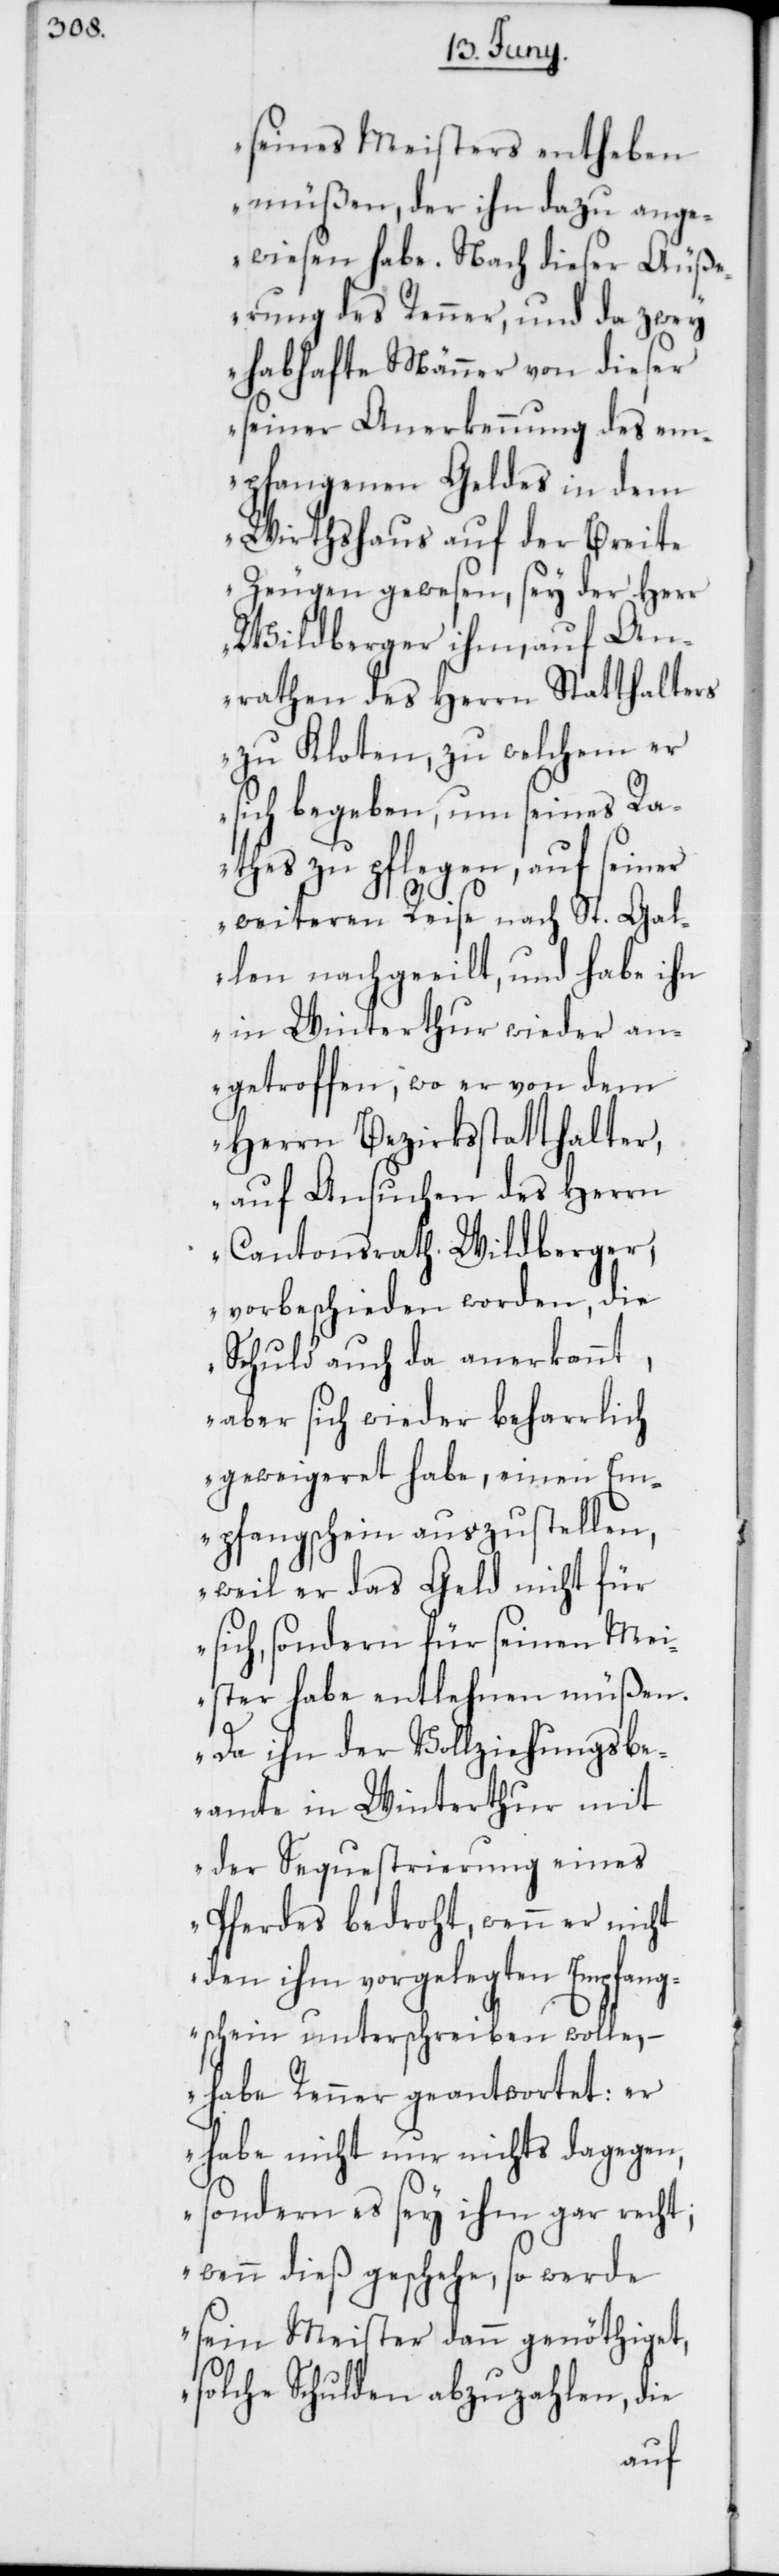
seines Meisters entheben
müßen, der ihn dazu ange¬
wiesen habe. Nach dieser Äuß¬
erung des Renner, und da zwey
habhafte Männer von dieser
seiner Anerkennung des em¬
pfangenen Geldes in dem
Wirthshaus auf der Breite
Zeugen gewesen, sey der Herr
Wildberger ihm, auf An¬
rathen des Herrn Statthalters
zu Kloten, zu welchem er
sich begeben, um seines Ra¬
thes zu pflegen, auf seiner
weiteren Reise nach St. Gal¬
len nachgeeilt, und habe ihn
in Winterthur wieder an¬
getroffen, wo er von dem
Herrn Bezirksstatthalter,
auf Ansuchen des Herrn
Cantonsrath Wildberger,
vorbeschieden worden, die
Schuld auch da anerkannt,
aber sich wieder beharrlich
geweigeret habe, einen Em¬
pfangschein auszustellen,
weil er das Geld nicht für
sich, sondern für seinen Mei¬
ster habe entlehnen müßen.
Da ihn der Vollziehungsbe¬
amte in Winterthur mit
der Sequestrierung eines
Pferdes bedroht, wenn er nicht
den ihm vorgelegten Empfang¬
sschein unterschreiben wolle, –
habe Renner geantwortet: er
habe nicht nur nichts dagegen,
sondern es sey ihm gar recht,
wenn dieß geschehe, so werde
sein Meister dann genöthiget,
solche Schulden abzuzahlen, die